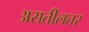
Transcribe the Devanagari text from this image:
असतीलतर